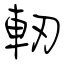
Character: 軔